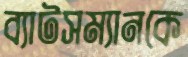
ব্যাটসম্যানকে